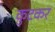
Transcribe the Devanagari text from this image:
कुटकर